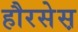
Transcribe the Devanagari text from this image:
हौरसेस़